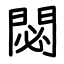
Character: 閟